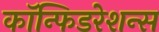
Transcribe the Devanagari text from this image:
कॉन्फिडरेशन्स